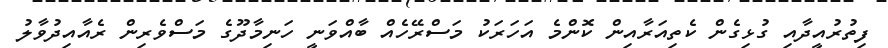
ފިތުރުއީދާއި ގުޅިގެން ކެތިއަރާއިން ކޮންމެ އަހަރަކު މަސްރޭހެއް ބާއްވަނީ ހަނިމާދޫގެ މަސްވެރިން ރެއާއިދުވާލު